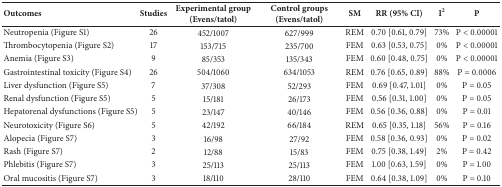
<table><thead><tr><td><b>Outcomes</b></td><td><b>Studies</b></td><td><b>Experimental group (Evens/tatol)</b></td><td><b>Control groups (Evens/tatol)</b></td><td><b>SM</b></td><td><b>RR (95% CI)</b></td><td><b>I<sup>2</sup></b></td><td><b>P</b></td></tr></thead><tbody><tr><td>Neutropenia (Figure S1)</td><td>26</td><td>452/1007</td><td>627/999</td><td>REM</td><td> 0.70 [0.61, 0.79]</td><td>73%</td><td>P &lt; 0.00001</td></tr><tr><td>Thrombocytopenia (Figure S2)</td><td>17</td><td>153/715</td><td>235/700</td><td>FEM</td><td>0.63 [0.53, 0.75]</td><td>0%</td><td>P &lt; 0.00001</td></tr><tr><td>Anemia (Figure S3)</td><td>9</td><td>85/353</td><td>135/343</td><td>FEM</td><td>0.60 [0.48, 0.75]</td><td>0%</td><td>P &lt; 0.00001</td></tr><tr><td>Gastrointestinal toxicity (Figure S4)</td><td>26</td><td>504/1060</td><td>634/1053</td><td>REM</td><td>0.76 [0.65, 0.89]</td><td>88%</td><td>P = 0.0006</td></tr><tr><td>Liver dysfunction (Figure S5)</td><td>7</td><td>37/308</td><td>52/293</td><td>FEM</td><td>0.69 [0.47, 1.01]</td><td>0%</td><td>P = 0.05</td></tr><tr><td>Renal dysfunction (Figure S5)</td><td>5</td><td>15/181</td><td>26/173</td><td>FEM</td><td>0.56 [0.31, 1.00]</td><td>0%</td><td>P = 0.05</td></tr><tr><td>Hepatorenal dysfunctions (Figure S5)</td><td>5</td><td>23/147</td><td>40/146</td><td>FEM</td><td>0.56 [0.36, 0.88]</td><td>0%</td><td>P = 0.01</td></tr><tr><td>Neurotoxicity (Figure S6)</td><td>5</td><td>42/192</td><td>66/184</td><td>REM</td><td>0.65 [0.35, 1.18]</td><td>56%</td><td>P = 0.16</td></tr><tr><td>Alopecia (Figure S7)</td><td>3</td><td>16/98</td><td>27/92</td><td>FEM</td><td>0.58 [0.36, 0.93]</td><td>0%</td><td>P = 0.02</td></tr><tr><td>Rash (Figure S7)</td><td>2</td><td>12/88</td><td>15/83</td><td>FEM</td><td>0.75 [0.38, 1.49]</td><td>2%</td><td>P = 0.42</td></tr><tr><td>Phlebitis (Figure S7)</td><td>3</td><td>25/113</td><td>25/113</td><td>FEM</td><td>1.00 [0.63, 1.59]</td><td>0%</td><td>P = 1.00</td></tr><tr><td>Oral mucositis (Figure S7)</td><td>3</td><td>18/110</td><td>28/110</td><td>FEM</td><td>0.64 [0.38, 1.09]</td><td>0%</td><td>P = 0.10</td></tr></tbody></table>